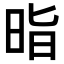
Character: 𭥲